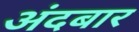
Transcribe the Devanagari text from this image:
अंदबार